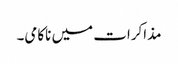
مذاکرات میں ناکامی۔